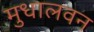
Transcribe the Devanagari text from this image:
मुधालवन